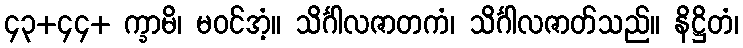
၄၃+၄၄+ က္ခာမိ၊ မဝင်အံ့။ သိင်္ဂါလဇာတကံ၊ သိင်္ဂါလဇာတ်သည်။ နိဋ္ဌိတံ၊